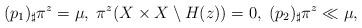
LaTeX: \begin{align*} (p_1)_\sharp\pi^z=\mu,\;\pi^z(X\times X\setminus H(z))=0,\;(p_2)_\sharp\pi^z\ll\mu, \end{align*}